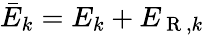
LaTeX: \bar{E}_{k}=E_{k}+E_{\mathrm{~R~},k}